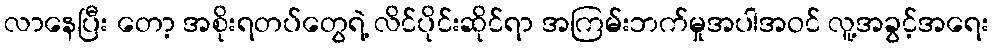
လာနေပြီး တော့ အစိုးရတပ်တွေရဲ့ လိင်ပိုင်းဆိုင်ရာ အကြမ်းဘက်မှုအပါအဝင် လူ့အခွင့်အရေး